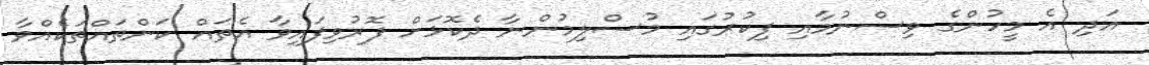
އަދި އެ މީހުންގެ ވިސްނުމާއި ފިކުރުގައި މުސްލިމުންނާ ދެކޮޅަށް ފޮރުވިފައިވާ އެތައް ކަންތައްތަކެއްވާ